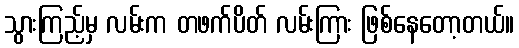
သွားကြည့်မှ လမ်းက တဖက်ပိတ် လမ်းကြား ဖြစ်နေတော့တယ်။